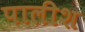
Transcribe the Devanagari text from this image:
पालीश